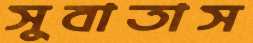
সুবাতাস